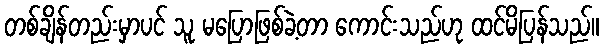
တစ်ချိန်တည်းမှာပင် သူ မပြောဖြစ်ခဲ့တာ ကောင်းသည်ဟု ထင်မိပြန်သည်။